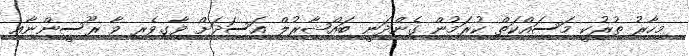
މިހާރު ތުރުކީ މަސައްކަތް ކުރަމުން ގެންދަނީ ބައްޝާރުލް އަސަދަށް ވާގިވެރި ވާ ރޫސީންނާއި